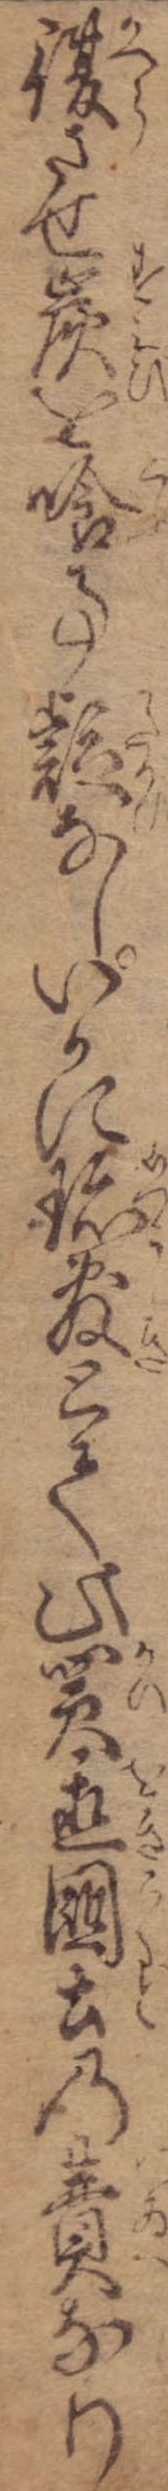
復させ炭を喰事疑なしいかに珍敷とて此買置国土の費なり